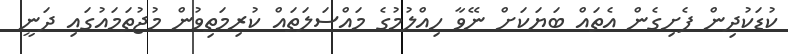
ކުޑަކުދިން ފެށިގެން އެތައް ބަޔަކަށް ނޭވާ ހިއްލުމުގެ މައްސަލަތައް ކުރިމަތިވުން މުޖުތަމައުގައި ދަނީ